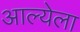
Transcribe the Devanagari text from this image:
आल्येला